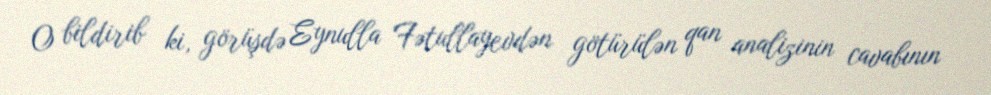
O bildirib ki, görüşdə Eynulla Fətullayevdən götürülən qan analizinin cavabının